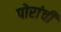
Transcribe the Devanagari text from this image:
पोरांची